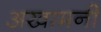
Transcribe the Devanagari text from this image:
अखामनी